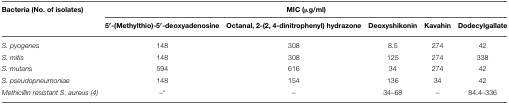
<table><thead><tr><td><b>Bacteria (No. of isolates)</b></td><td colspan="5"><b>MIC (μg/ml)</b></td></tr><tr><td></td><td><b>5′-(Methylthio)-5′-deoxyadenosine</b></td><td><b>Octanal, 2-(2, 4-dinitrophenyl) hydrazone</b></td><td><b>Deoxyshikonin</b></td><td><b>Kavahin</b></td><td><b>Dodecylgallate</b></td></tr></thead><tbody><tr><td><i>S. pyogenes</i></td><td>148</td><td>308</td><td>8.5</td><td>274</td><td>42</td></tr><tr><td><i>S. mitis</i></td><td>148</td><td>308</td><td>125</td><td>274</td><td>338</td></tr><tr><td><i>S. mutans</i></td><td>594</td><td>616</td><td>34</td><td>274</td><td>42</td></tr><tr><td><i>S. pseudopneumoniae</i></td><td>148</td><td>154</td><td>136</td><td>34</td><td>42</td></tr><tr><td><i>Methicillin resistant S. aureus (4)</i></td><td>–<sup>*</sup></td><td>–</td><td>34–68</td><td>–</td><td>84.4–336</td></tr></tbody></table>